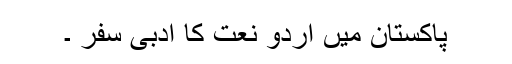
پاکستان میں اُردو نعت کا ادبی سفر ۔